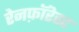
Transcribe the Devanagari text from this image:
रेनफ़ॉरेस्ट